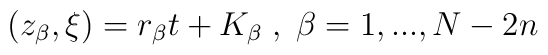
(z_{\beta}, \xi) = r_{\beta}t + K_{\beta}\;,\; \beta = 1,...,N-2n